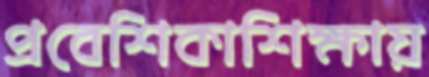
প্রবেশিকাশিক্ষায়